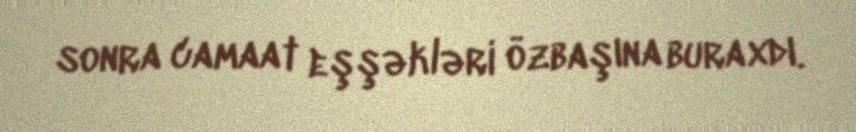
sonra camaat eşşəkləri özbaşına buraxdı.